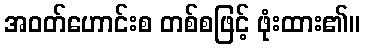
အဝတ်ဟောင်းစ တစ်စဖြင့် ဖုံးထား၏။